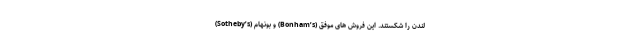
(Sotheby’s) و بونهام (Bonham’s) لندن را شکستند. این فروش های موفق